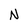
Character: N